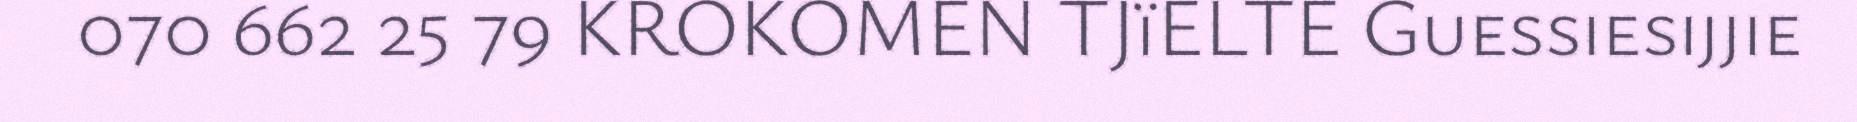
070 662 25 79 KROKOMEN TJïELTE Guessiesijjie